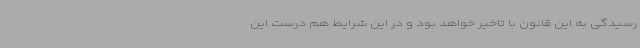
رسیدگی به این قانون با تاخیر خواهد بود و در این شرایط هم درست این